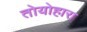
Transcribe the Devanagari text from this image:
तोयोहारा